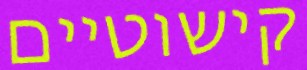
קישוטיים